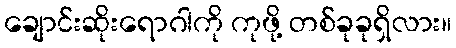
ချောင်းဆိုးရောဂါကို ကုဖို့ တစ်ခုခုရှိလား။